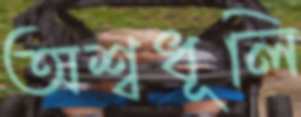
অশ্বধূলি